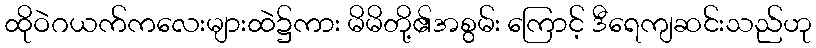
ထိုဝဲဂယက်ကလေးများထဲ၌ကား မိမိတို့၏အစွမ်း ကြောင့် ဒီရေကျဆင်းသည်ဟု